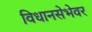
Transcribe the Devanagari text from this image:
विधानसेभेवर